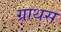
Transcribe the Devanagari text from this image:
ग्राथस